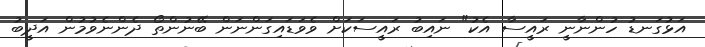
އަޅުގަނޑު ހުންނާނީ ރައީސާ އެކު" ނައިބު ރައީސަކަށް ވެވަޑައިގަންނަން ބޭނުންތޯ ދެންނެވުމުން އަދީބު